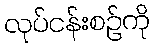
လုပ်ငန်းစဉ်ကို